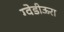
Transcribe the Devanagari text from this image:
ग्वेडीऊरा